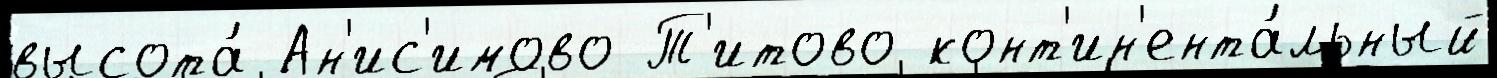
высота́ Ан'ис'имово Т'итово конт'ин'ента́льный